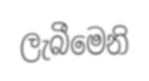
ලැබීමෙනි